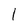
Character: 1